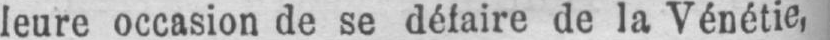
leure occasion de se défaire de la Vénétie,